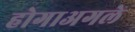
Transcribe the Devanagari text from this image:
होगाअगले